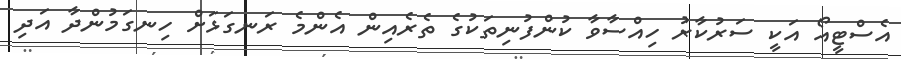
އެސްޓީއޯ އަކީ ސަރުކާރު ހިއްސާވާ ކުންފުނިތަކުގެ ތެރެއިން އެންމެ ރަނގަޅަށް ހިނގަމުންދާ އަދި